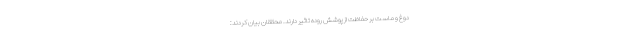
دوغ و ماست بر حفاظت از پوشش روده تاثیر دارند. محققان بیان کردند: